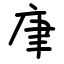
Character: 㡽